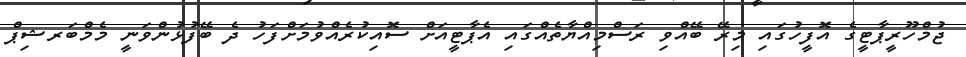
ޖުމްހޫރީޕާޓީގެ އޮފީހުގައި މިރޭ ބޭއްވި ރަސްމިއްޔާތެއްގައި އެޕާޓީއަށް ސޮއިކުރެއްވުމަށްފަހު ދެ ބޭފުޅުންވަނީ މެމްބަރޝިޕް